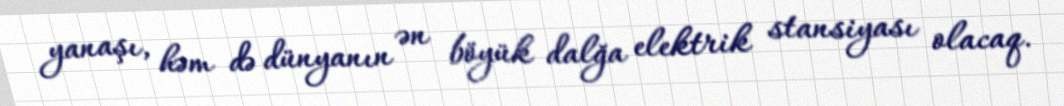
yanaşı, həm də dünyanın ən böyük dalğa elektrik stansiyası olacaq.